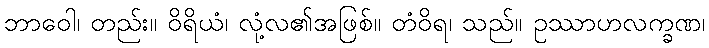
ဘာဝေါ၊ တည်း။ ဝိရိယံ၊ လုံ့လ၏အဖြစ်။ တံဝိရ၊ သည်။ ဥဿာဟလက္ခဏ၊